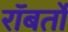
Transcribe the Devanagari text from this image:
रॉबर्तो